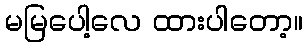
မမြပေါ့လေ ထားပါတော့။